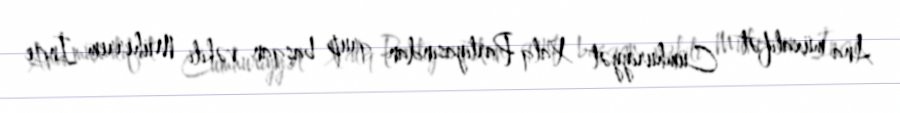
Ana müxalifət Cümhuriyyət Xalq Partiyasından qrup başqan vəkili Müherrem İnce